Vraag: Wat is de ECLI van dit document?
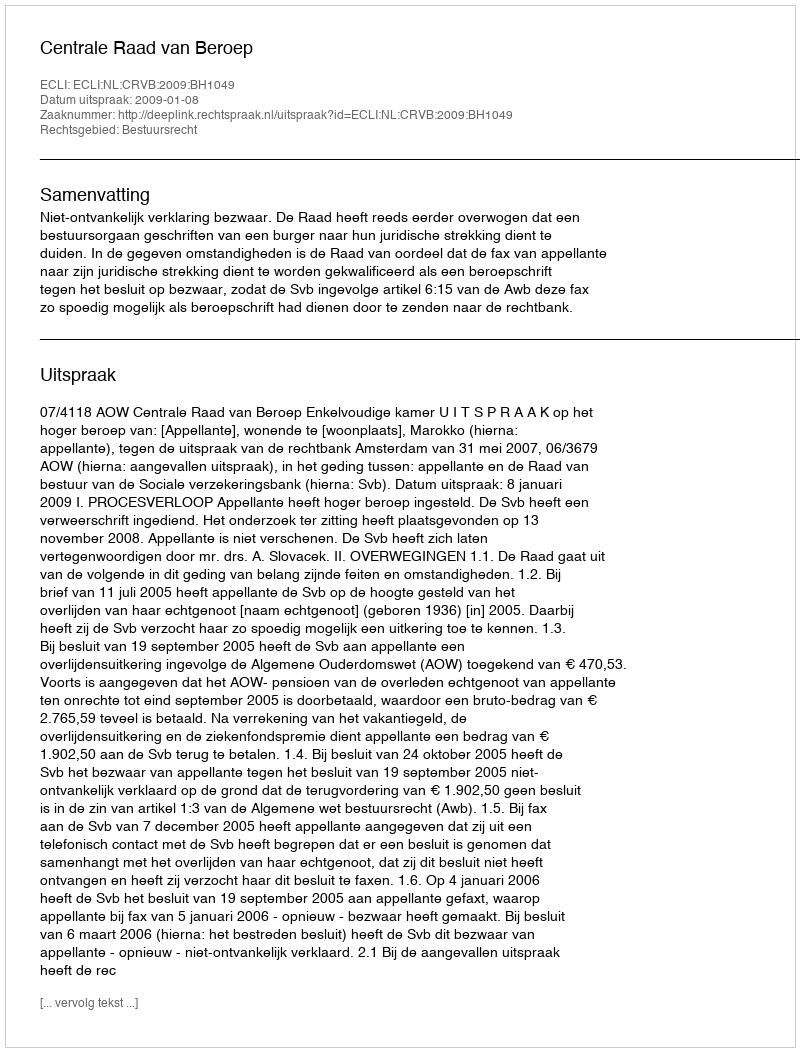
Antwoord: ECLI:NL:CRVB:2009:BH1049